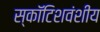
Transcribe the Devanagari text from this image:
स्कॉटिशवंशीय